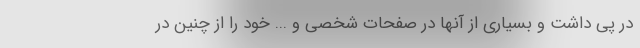
در پی داشت و بسیاری از آنها در صفحات شخصی و ... خود را از چنین در